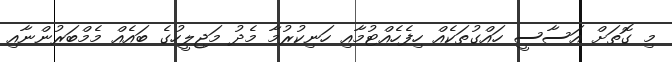
މި ގޮތަށް އަސާސީ ހައްގުތަކެއް ހިފެހެއްޓުމާއި ހަނިކުރުމާ މެދު މަޖިލީހުގެ ބައެއް މެމްބަރުންނާއި